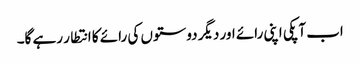
اب آپکی اپنی رائے اور دیگر دوستوں کی رائے کا انتطار رہے گا۔